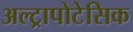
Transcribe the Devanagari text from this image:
अल्ट्रापोटेसिक